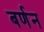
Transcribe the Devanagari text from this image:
बर्णन